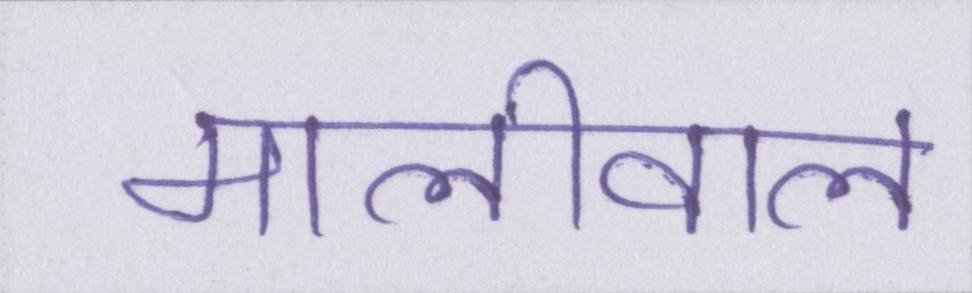
मालीवाल